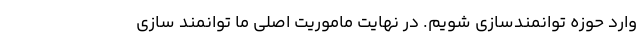
وارد حوزه توانمندسازی شویم. در نهایت ماموریت اصلی ما توانمند سازی